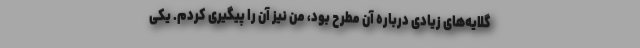
گلایه‌های زیادی درباره آن مطرح بود، من نیز آن را پیگیری کردم. یکی